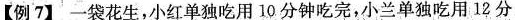
【例7】一袋花生，小红单独吃用10分